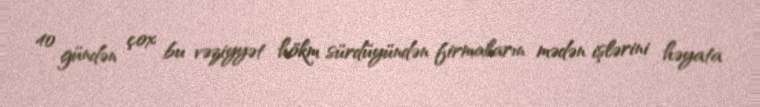
40 gündən çox bu vəziyyət hökm sürdüyündən firmaların mədən işlərini həyata